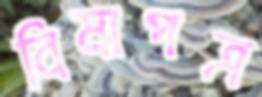
বিমাপত্র